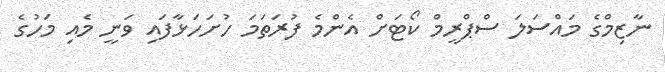
ނާޒިމްގެ މައްސަލަ ސްޕްރީމް ކޯޓަށް އެންމެ ފުރަތަމަ ހުށަހަޅާފައި ވަނީ މެއި މަހުގެ